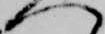
へ